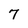
Character: 7